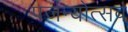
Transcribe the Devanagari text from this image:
पर्जन्योत्सव